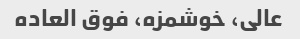
عالی، خوشمزه، فوق العاده